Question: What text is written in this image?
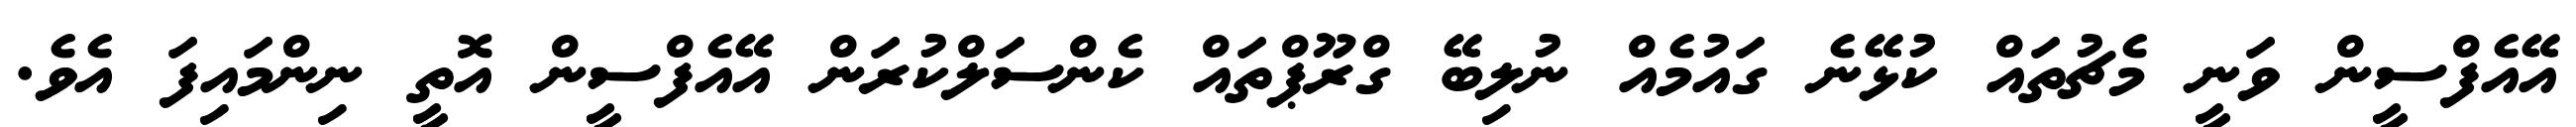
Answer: އޭއެފްސީން ވަނީ މެޗުތައް ކުޅޭނެ ގައުމެއް ނުލިބޭ ގްރޫޕްތައް ކެންސަލްކުރަން އޭއެފްސީން އޮތީ ނިންމައިފަ އެވެ.